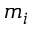
m _ { i }